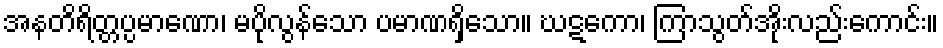
အနတိရိတ္တပ္ပမာဏော၊ မပိုလွန်သော ပမာဏရှိသော။ ဃဋကော၊ ကြာသွတ်အိုးလည်းကောင်း။